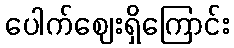
ပေါက်ဈေးရှိကြောင်း